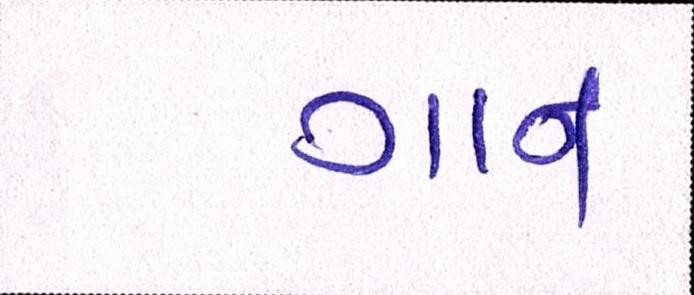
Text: ગાન